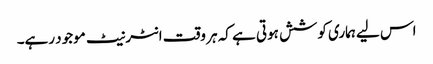
اس لیے ہماری کوشش ہوتی ہے کہ ہر وقت انٹرنیٹ موجود رہے۔